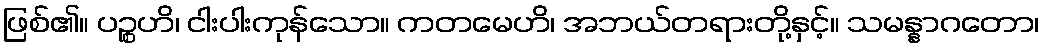
ဖြစ်၏။ ပဉ္စဟိ၊ ငါးပါးကုန်သော။ ကတမေဟိ၊ အဘယ်တရားတို့နှင့်။ သမန္နာဂတော၊